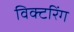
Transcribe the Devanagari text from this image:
विक्टरिंग